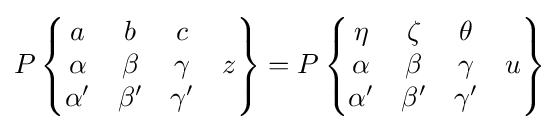
P\left\{{\begin{matrix}a&b&c&\;\\\alpha &\beta &\gamma &z\\\alpha '&\beta '&\gamma '&\;\end{matrix}}\right\}=P\left\{{\begin{matrix}\eta &\zeta &\theta &\;\\\alpha &\beta &\gamma &u\\\alpha '&\beta '&\gamma '&\;\end{matrix}}\right\}